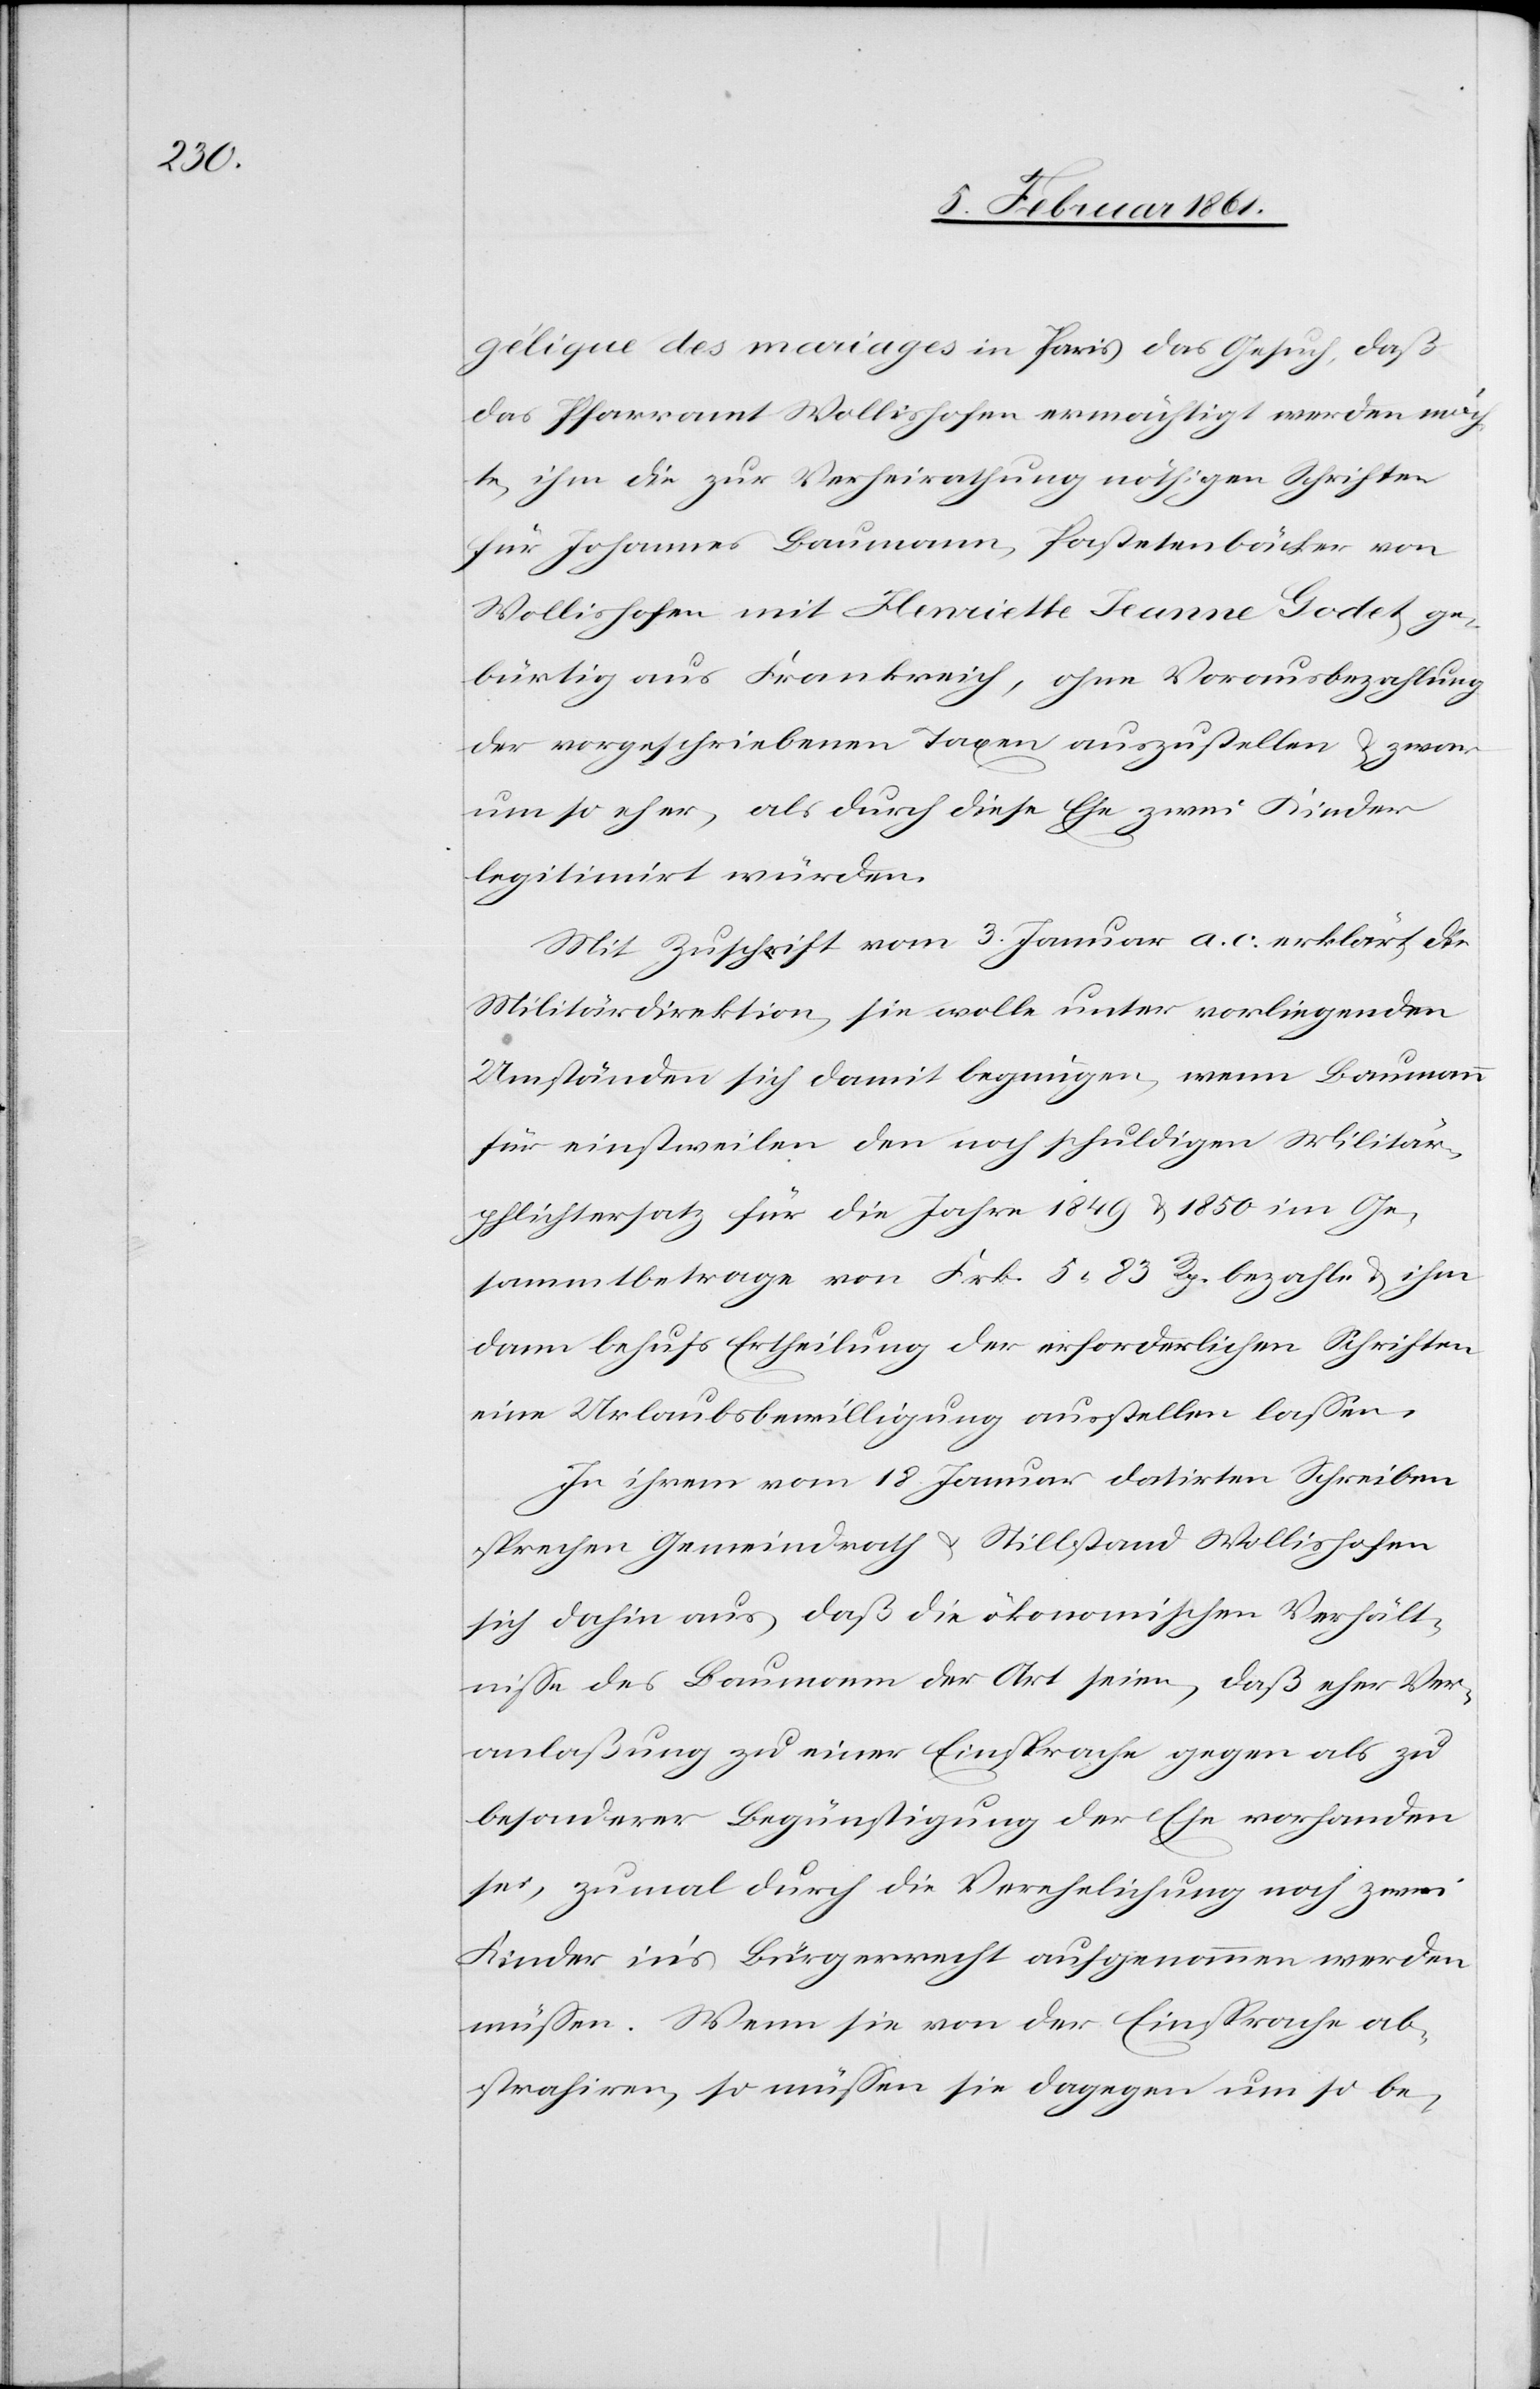
gélique des mariages in Paris das Gesuch, daß
das Pfarramt Wollishofen ermächtigt werden möch¬
te, ihm die zur Verheirathung nöthigen Schriften
für Johannes Baumann, Pastetenbäcker von
Wollishofen mit Henriette Jeanne Godet ge¬
bürtig aus Frankreich, ohne Vorausbezahlung
der vorgeschriebenen Taxen auszustellen u. zwar
um so eher, als durch diese Ehe zwei Kinder
legitimirt würden.
Mit Zuschrift vom 3. Januar a. c. erklärt die
Militärdirektion, sie wolle unter vorliegenden
Umständen sich damit begnügen, wenn Baumann
für einstweilen den noch schuldigen Militär¬
pflichtersatz für die Jahre 1849 u. 1850 im Ge¬
sammtbetrage von Frk. 5. 83 Rp. bezahle u. ihm
dann behufs Ertheilung der erforderlichen Schriften
eine Urlaubsbewilligung ausstellen lassen.
In ihrem vom 18. Januar datirten Schreiben
sprechen Gemeindrath u. Stillstand Wollishofen
sich dahin aus, daß die ökonomischen Verhält¬
nisse des Baumann der Art seien, daß eher Ver¬
anlaßung zu einer Einsprache gegen als zu
besonderer Begünstigung der Ehe vorhanden
sei, zumal durch die Verehelichung noch zwei
Kinder in’s Bürgerrecht aufgenommen werden
müssen. Wenn sie von der Einsprache ab¬
strahiren, so müssen sie dagegen um so be-